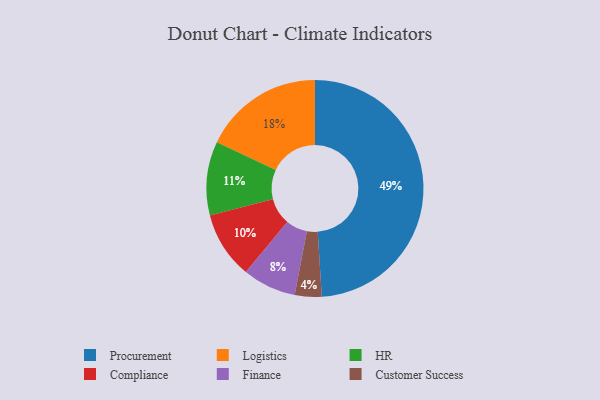
{"axis": {"x": "Category", "y": "Percentage"}, "legend": ["Compliance", "Customer Success", "Finance", "HR", "Logistics", "Procurement"], "data": [{"x": "Customer Success", "y": 4, "type": "Customer Success"}, {"x": "Compliance", "y": 10, "type": "Compliance"}, {"x": "HR", "y": 11, "type": "HR"}, {"x": "Finance", "y": 8, "type": "Finance"}, {"x": "Logistics", "y": 18, "type": "Logistics"}, {"x": "Procurement", "y": 49, "type": "Procurement"}]}